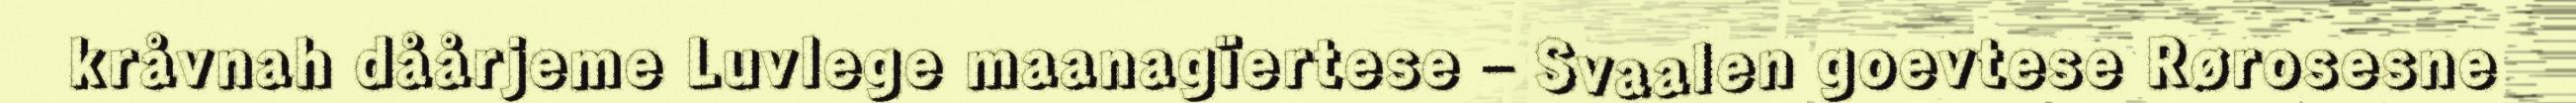
kråvnah dåårjeme Luvlege maanagïertese – Svaalen goevtese Rørosesne